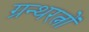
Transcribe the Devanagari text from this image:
ग्रन्थरत्नों